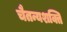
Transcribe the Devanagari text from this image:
चैतन्यशक्ति